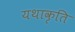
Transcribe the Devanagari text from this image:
यथाकृति